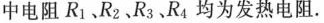
中电阻R_{1}、R_{2}、R_{3}、R_{4}均为发热电阻.